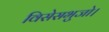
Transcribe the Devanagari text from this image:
विसेसभुजो।